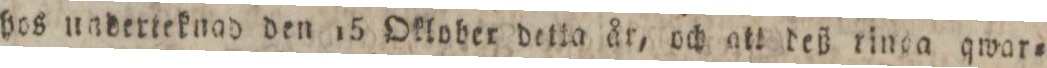
hos underteknad den 15 Oktober detta åt, och att deß ringa qwar=